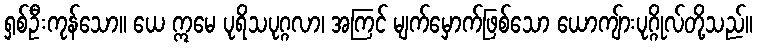
ရှစ်ဦးကုန်သော။ ယေ ဣမေ ပုရိသပုဂ္ဂလာ၊ အကြင် မျက်မှောက်ဖြစ်သော ယောကျ်ားပုဂ္ဂိုလ်တို့သည်။